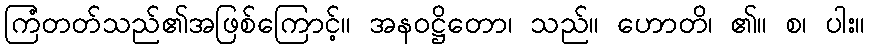
ကြံတတ်သည်၏အဖြစ်ကြောင့်။ အနဝဋ္ဌိတော၊ သည်။ ဟောတိ၊ ၏။ စ၊ ပါး။